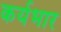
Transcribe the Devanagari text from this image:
कर्यभार